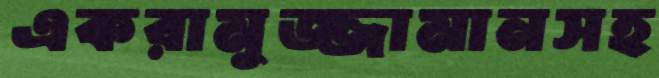
একরামুজ্জামানসহ